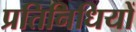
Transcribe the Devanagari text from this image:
प्रतिनिधियों